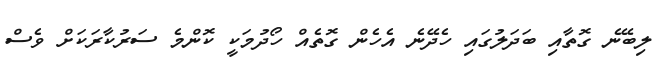
ލިބޭނެ ގޮތާއި ބަދަލުގައި ހެދޭނެ އެހެން ގޮތެއް ހޯދުމަކީ ކޮންމެ ސަރުކާރަކަށް ވެސް